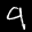
Label: 9